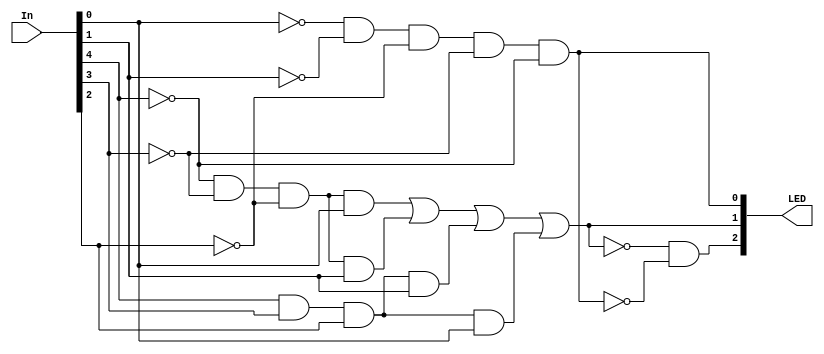
/*
	Mdulo para acionar o LED RGB na cor correta
*/
module module_signa(LED, In);
	input [4:0] In;// Resultado da subtrao
	output [2:0] LED;// 0 Verde; 1 Azul; 2 Vermelho

	wire In0_Inv, In1_Inv, In2_Inv, In3_Inv, In4_Inv, LEDG_Inv, LEDB_Inv;
	wire Out_Nand0, Out_And00, Out_And01, Out_And02, Out_And03;
	
	not Inv0(In0_Inv, In[0]);
	not Inv1(In1_Inv, In[1]);
	not Inv2(In2_Inv, In[2]);
	not Inv3(In3_Inv, In[3]);
  	not Inv4(In4_Inv, In[4]);
	
	//Sinaliza o verde quando a as entradas forem 0 (representa que as senhas so iguais)
  	and And06(LED[0], In0_Inv, In1_Inv, In2_Inv, In3_Inv, In4_Inv);//Ok
	
	//Sinaliza o LED azul quando a diferena estiver entre -3 e +3, excluindo o 0
  	and And00(Out_And00, In4_Inv, In3_Inv, In2_Inv, In[0]);
	and And01(Out_And01, In4_Inv, In3_Inv, In2_Inv, In[1]);

	and And02(Out_And02, In[4], In[3], In[2], In[1]);
	and And03(Out_And03, In[4], In[3], In[2], In[0]);
	
	or Or01(LED[1], Out_And00, Out_And01, Out_And02, Out_And03);

	//Sinaliza o LED vermelho se no for nenhum dos casos acima
	not Inv5(LEDG_Inv, LED[0]);
	not Inv6(LEDB_Inv, LED[1]);
	and And05(LED[2], LEDB_Inv, LEDG_Inv);
	
endmodule